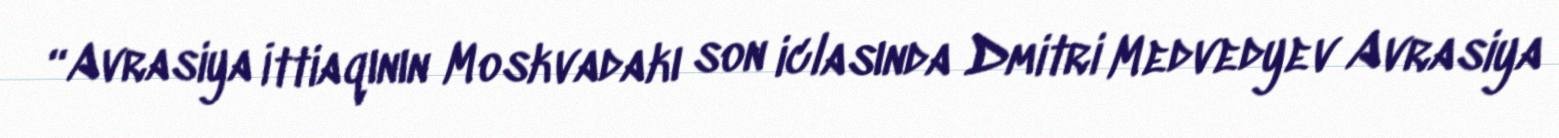
“Avrasiya İttiaqının Moskvadakı son iclasında Dmitri Medvedyev Avrasiya